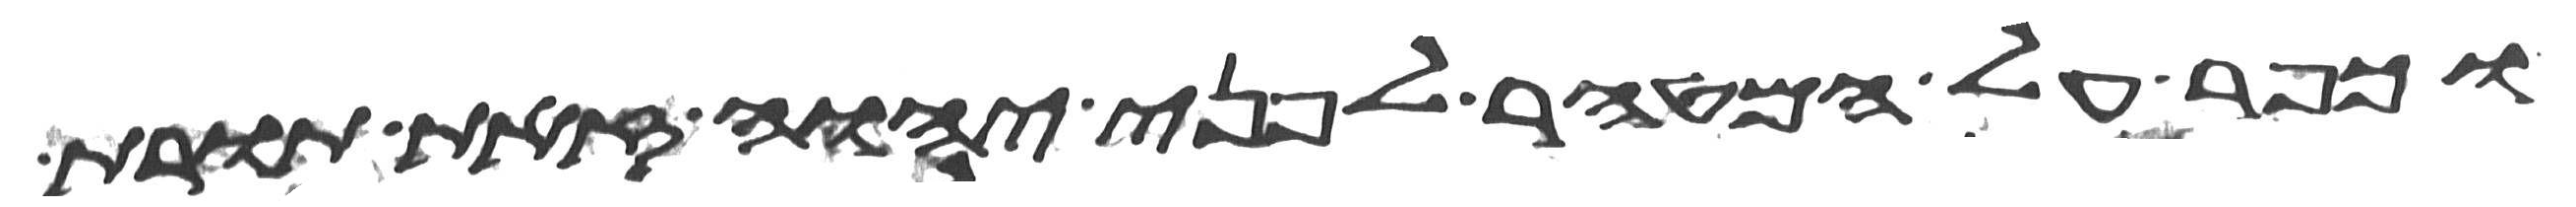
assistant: וכפר על המטהר לפני יהוה זאת תורת